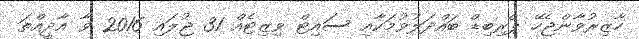
ހާޒިރުވާންޖެހޭ ޕްރިބިޑް ބައްދަލުވުމަކާއި ސައިޓް ވިޒިިޓެއް 31 ޖުލައި 2016 ވާ އާދީއްތަ